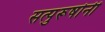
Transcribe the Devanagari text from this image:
सत्पुरूषोनी